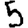
Digit: 5